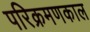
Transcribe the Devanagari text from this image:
परिक्रमणकाल